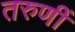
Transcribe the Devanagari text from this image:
तरुणीं